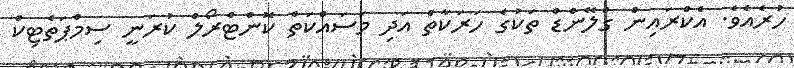
ހުރެއެވެ. އެކްރައިން ގްލޭންޑް ތަކުގެ ހަރަކާތް އަދި މަސައްކަތް ކޮންޓްރޯލް ކުރަނީ ސިމްޕަތެޓިކް